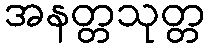
အနတ္တသုတ္တ